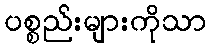
ပစ္စည်းများကိုသာ